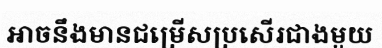
អាចនឹងមានជម្រើសប្រសើរជាងមួយ